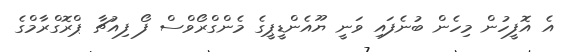
އެ އޮފީހުން މިހެން ބުނެފައި ވަނީ ޔޫއެންޑީޕީގެ މެންގްރޯވްސް ފޯ ފިއުޗާ ޕްރޮގްރާމްގެ